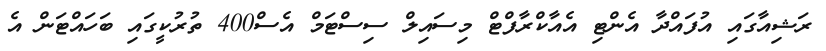
ރަޝިއާގައި އުފައްދާ އެންޓި އެއާކްރާފްޓް މިސައިލް ސިސްޓަމް އެސް400 ތުރުކީގައި ބަހައްޓަން އެ